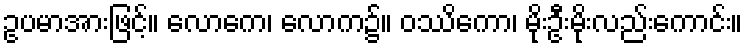
ဥပမာအားဖြင့်။ လောကေ၊ လောက၌။ ဝဿိကော၊ မိုးဦးမိုးလည်းကောင်း။